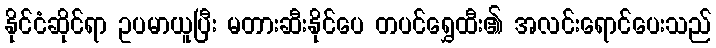
နိုင်ငံဆိုင်ရာ ဥပမာယူပြီး မတားဆီးနိုင်ပေ တပင်ရွှေထီး၏ အလင်းရောင်ပေးသည်